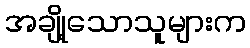
အချို့သောသူများက